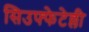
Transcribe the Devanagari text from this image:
सिउफ्फेटेल्ली